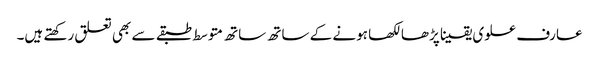
عارف علوی یقینا پڑھا لکھا ہونے کے ساتھ ساتھ متوسط طبقے سے بھی تعلق رکھتے ہیں۔